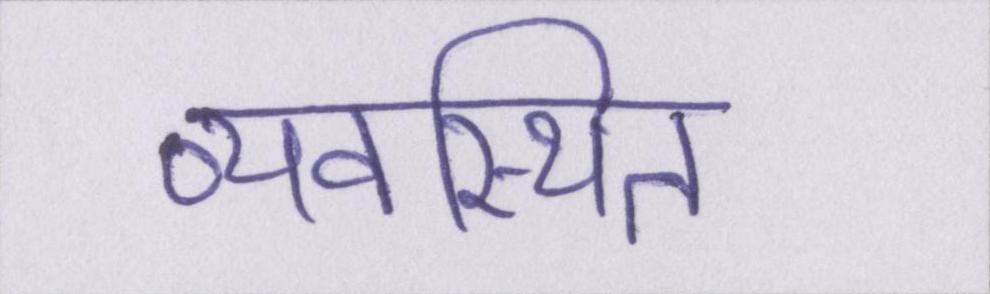
व्यवस्थित